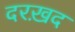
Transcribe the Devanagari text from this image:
दरख़द